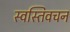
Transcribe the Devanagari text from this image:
स्वस्तिवचन